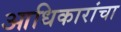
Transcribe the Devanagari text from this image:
आधिकारांचा